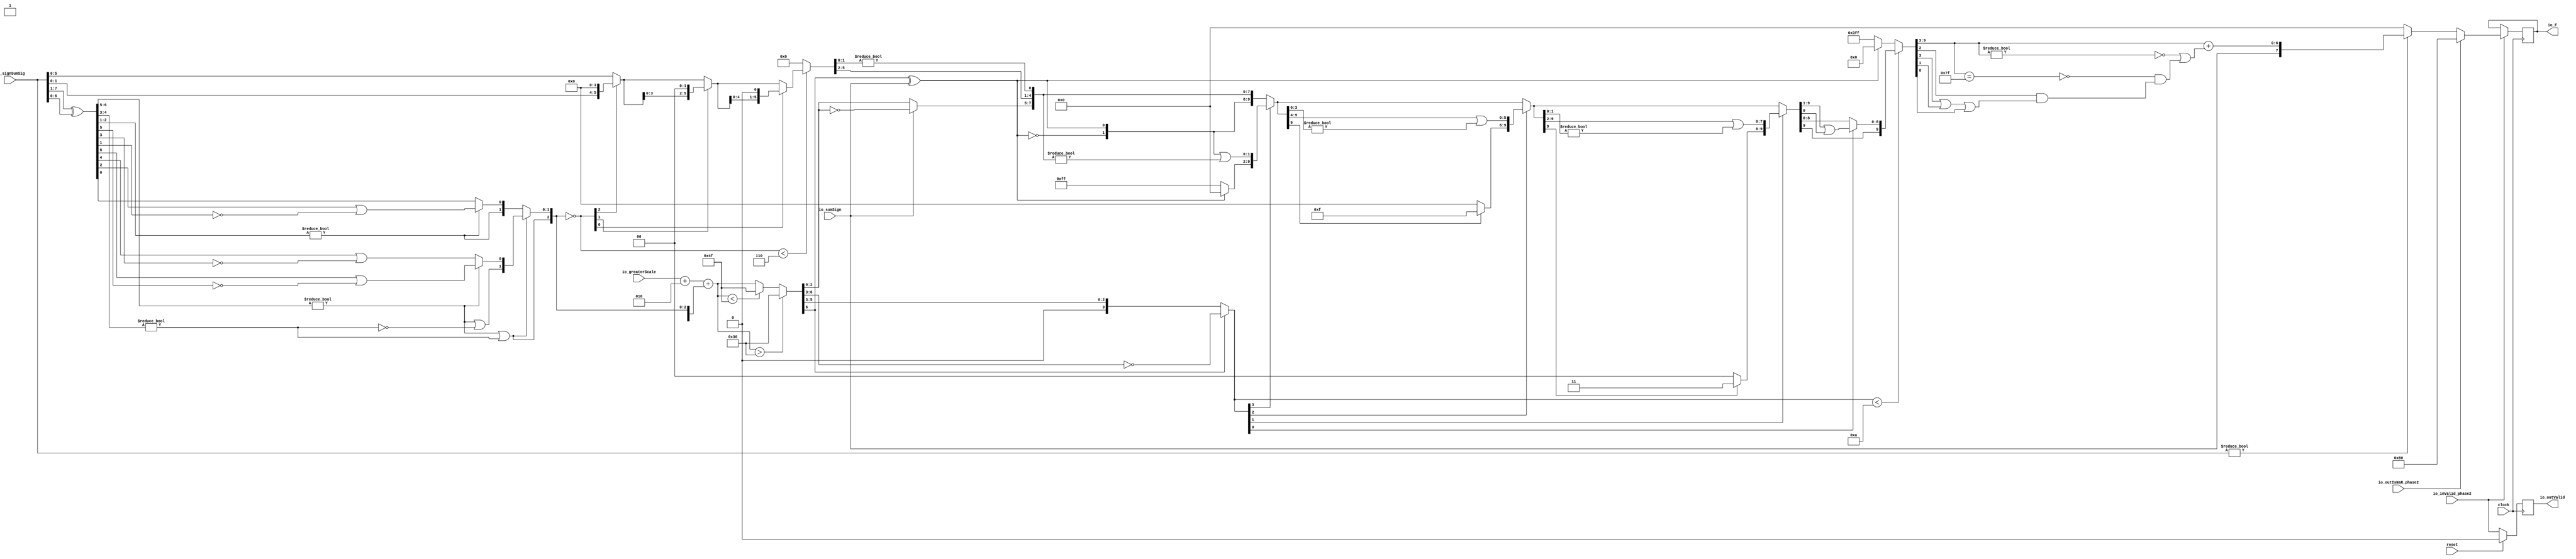
module FMAEnc8_3(
  input        clock,
  input        reset,
  input        io_inValid_phase2,
  input  [7:0] io_signSumSig,
  input        io_sumSign,
  input  [6:0] io_greaterScale,
  input        io_outIsNaR_phase2,
  output [7:0] io_F,
  output       io_outValid
);
  wire [6:0] _T; // @[FMAEnc.scala 35:36]
  wire [6:0] _T_1; // @[FMAEnc.scala 35:74]
  wire [6:0] sumXor; // @[FMAEnc.scala 35:54]
  wire [3:0] _T_2; // @[LZD.scala 43:32]
  wire [1:0] _T_3; // @[LZD.scala 43:32]
  wire  _T_4; // @[LZD.scala 39:14]
  wire  _T_5; // @[LZD.scala 39:21]
  wire  _T_6; // @[LZD.scala 39:30]
  wire  _T_7; // @[LZD.scala 39:27]
  wire  _T_8; // @[LZD.scala 39:25]
  wire [1:0] _T_9; // @[Cat.scala 29:58]
  wire [1:0] _T_10; // @[LZD.scala 44:32]
  wire  _T_11; // @[LZD.scala 39:14]
  wire  _T_12; // @[LZD.scala 39:21]
  wire  _T_13; // @[LZD.scala 39:30]
  wire  _T_14; // @[LZD.scala 39:27]
  wire  _T_15; // @[LZD.scala 39:25]
  wire [1:0] _T_16; // @[Cat.scala 29:58]
  wire  _T_17; // @[Shift.scala 12:21]
  wire  _T_18; // @[Shift.scala 12:21]
  wire  _T_19; // @[LZD.scala 49:16]
  wire  _T_20; // @[LZD.scala 49:27]
  wire  _T_21; // @[LZD.scala 49:25]
  wire  _T_22; // @[LZD.scala 49:47]
  wire  _T_23; // @[LZD.scala 49:59]
  wire  _T_24; // @[LZD.scala 49:35]
  wire [2:0] _T_26; // @[Cat.scala 29:58]
  wire [2:0] _T_27; // @[LZD.scala 44:32]
  wire [1:0] _T_28; // @[LZD.scala 43:32]
  wire  _T_29; // @[LZD.scala 39:14]
  wire  _T_30; // @[LZD.scala 39:21]
  wire  _T_31; // @[LZD.scala 39:30]
  wire  _T_32; // @[LZD.scala 39:27]
  wire  _T_33; // @[LZD.scala 39:25]
  wire [1:0] _T_34; // @[Cat.scala 29:58]
  wire  _T_35; // @[LZD.scala 44:32]
  wire  _T_37; // @[Shift.scala 12:21]
  wire  _T_39; // @[LZD.scala 55:32]
  wire  _T_40; // @[LZD.scala 55:20]
  wire [1:0] _T_41; // @[Cat.scala 29:58]
  wire  _T_42; // @[Shift.scala 12:21]
  wire [1:0] _T_44; // @[LZD.scala 55:32]
  wire [1:0] _T_45; // @[LZD.scala 55:20]
  wire [2:0] sumLZD; // @[Cat.scala 29:58]
  wire [2:0] shiftValue; // @[FMAEnc.scala 37:24]
  wire [5:0] _T_46; // @[FMAEnc.scala 38:41]
  wire  _T_47; // @[Shift.scala 16:24]
  wire  _T_49; // @[Shift.scala 12:21]
  wire [1:0] _T_50; // @[Shift.scala 64:52]
  wire [5:0] _T_52; // @[Cat.scala 29:58]
  wire [5:0] _T_53; // @[Shift.scala 64:27]
  wire [1:0] _T_54; // @[Shift.scala 66:70]
  wire  _T_55; // @[Shift.scala 12:21]
  wire [3:0] _T_56; // @[Shift.scala 64:52]
  wire [5:0] _T_58; // @[Cat.scala 29:58]
  wire [5:0] _T_59; // @[Shift.scala 64:27]
  wire  _T_60; // @[Shift.scala 66:70]
  wire [4:0] _T_62; // @[Shift.scala 64:52]
  wire [5:0] _T_63; // @[Cat.scala 29:58]
  wire [5:0] _T_64; // @[Shift.scala 64:27]
  wire [5:0] normalFracTmp; // @[Shift.scala 16:10]
  wire [6:0] _T_66; // @[FMAEnc.scala 41:39]
  wire [6:0] _T_67; // @[FMAEnc.scala 41:39]
  wire [3:0] _T_68; // @[Cat.scala 29:58]
  wire [3:0] _T_69; // @[FMAEnc.scala 41:64]
  wire [6:0] _GEN_2; // @[FMAEnc.scala 41:45]
  wire [6:0] _T_71; // @[FMAEnc.scala 41:45]
  wire [6:0] sumScale; // @[FMAEnc.scala 41:45]
  wire [1:0] sumFrac; // @[FMAEnc.scala 42:41]
  wire [3:0] grsTmp; // @[FMAEnc.scala 45:41]
  wire [1:0] _T_72; // @[FMAEnc.scala 48:40]
  wire [1:0] _T_73; // @[FMAEnc.scala 48:56]
  wire  _T_74; // @[FMAEnc.scala 48:60]
  wire  underflow; // @[FMAEnc.scala 55:32]
  wire  overflow; // @[FMAEnc.scala 56:32]
  wire  _T_75; // @[FMAEnc.scala 65:35]
  wire  decF_isZero; // @[FMAEnc.scala 65:20]
  wire [6:0] _T_77; // @[Mux.scala 87:16]
  wire [6:0] decF_scale; // @[Mux.scala 87:16]
  wire [2:0] _T_79; // @[convert.scala 46:61]
  wire [2:0] _T_80; // @[convert.scala 46:52]
  wire [2:0] _T_82; // @[convert.scala 46:42]
  wire [3:0] _T_83; // @[convert.scala 48:34]
  wire  _T_84; // @[convert.scala 49:36]
  wire [3:0] _T_86; // @[convert.scala 50:36]
  wire [3:0] _T_87; // @[convert.scala 50:36]
  wire [3:0] _T_88; // @[convert.scala 50:28]
  wire  _T_89; // @[convert.scala 51:31]
  wire  _T_90; // @[convert.scala 52:43]
  wire [9:0] _T_94; // @[Cat.scala 29:58]
  wire [3:0] _T_95; // @[Shift.scala 39:17]
  wire  _T_96; // @[Shift.scala 39:24]
  wire [1:0] _T_98; // @[Shift.scala 90:30]
  wire [7:0] _T_99; // @[Shift.scala 90:48]
  wire  _T_100; // @[Shift.scala 90:57]
  wire [1:0] _GEN_3; // @[Shift.scala 90:39]
  wire [1:0] _T_101; // @[Shift.scala 90:39]
  wire  _T_102; // @[Shift.scala 12:21]
  wire  _T_103; // @[Shift.scala 12:21]
  wire [7:0] _T_105; // @[Bitwise.scala 71:12]
  wire [9:0] _T_106; // @[Cat.scala 29:58]
  wire [9:0] _T_107; // @[Shift.scala 91:22]
  wire [2:0] _T_108; // @[Shift.scala 92:77]
  wire [5:0] _T_109; // @[Shift.scala 90:30]
  wire [3:0] _T_110; // @[Shift.scala 90:48]
  wire  _T_111; // @[Shift.scala 90:57]
  wire [5:0] _GEN_4; // @[Shift.scala 90:39]
  wire [5:0] _T_112; // @[Shift.scala 90:39]
  wire  _T_113; // @[Shift.scala 12:21]
  wire  _T_114; // @[Shift.scala 12:21]
  wire [3:0] _T_116; // @[Bitwise.scala 71:12]
  wire [9:0] _T_117; // @[Cat.scala 29:58]
  wire [9:0] _T_118; // @[Shift.scala 91:22]
  wire [1:0] _T_119; // @[Shift.scala 92:77]
  wire [7:0] _T_120; // @[Shift.scala 90:30]
  wire [1:0] _T_121; // @[Shift.scala 90:48]
  wire  _T_122; // @[Shift.scala 90:57]
  wire [7:0] _GEN_5; // @[Shift.scala 90:39]
  wire [7:0] _T_123; // @[Shift.scala 90:39]
  wire  _T_124; // @[Shift.scala 12:21]
  wire  _T_125; // @[Shift.scala 12:21]
  wire [1:0] _T_127; // @[Bitwise.scala 71:12]
  wire [9:0] _T_128; // @[Cat.scala 29:58]
  wire [9:0] _T_129; // @[Shift.scala 91:22]
  wire  _T_130; // @[Shift.scala 92:77]
  wire [8:0] _T_131; // @[Shift.scala 90:30]
  wire  _T_132; // @[Shift.scala 90:48]
  wire [8:0] _GEN_6; // @[Shift.scala 90:39]
  wire [8:0] _T_134; // @[Shift.scala 90:39]
  wire  _T_136; // @[Shift.scala 12:21]
  wire [9:0] _T_137; // @[Cat.scala 29:58]
  wire [9:0] _T_138; // @[Shift.scala 91:22]
  wire [9:0] _T_141; // @[Bitwise.scala 71:12]
  wire [9:0] _T_142; // @[Shift.scala 39:10]
  wire  _T_143; // @[convert.scala 55:31]
  wire  _T_144; // @[convert.scala 56:31]
  wire  _T_145; // @[convert.scala 57:31]
  wire  _T_146; // @[convert.scala 58:31]
  wire [6:0] _T_147; // @[convert.scala 59:69]
  wire  _T_148; // @[convert.scala 59:81]
  wire  _T_149; // @[convert.scala 59:50]
  wire  _T_151; // @[convert.scala 60:81]
  wire  _T_152; // @[convert.scala 61:44]
  wire  _T_153; // @[convert.scala 61:52]
  wire  _T_154; // @[convert.scala 61:36]
  wire  _T_155; // @[convert.scala 62:63]
  wire  _T_156; // @[convert.scala 62:103]
  wire  _T_157; // @[convert.scala 62:60]
  wire [6:0] _GEN_7; // @[convert.scala 63:56]
  wire [6:0] _T_160; // @[convert.scala 63:56]
  wire [7:0] _T_161; // @[Cat.scala 29:58]
  reg  _T_165; // @[Valid.scala 117:22]
  reg [31:0] _RAND_0;
  reg [7:0] _T_169; // @[Reg.scala 15:16]
  reg [31:0] _RAND_1;
  assign _T = io_signSumSig[7:1]; // @[FMAEnc.scala 35:36]
  assign _T_1 = io_signSumSig[6:0]; // @[FMAEnc.scala 35:74]
  assign sumXor = _T ^ _T_1; // @[FMAEnc.scala 35:54]
  assign _T_2 = sumXor[6:3]; // @[LZD.scala 43:32]
  assign _T_3 = _T_2[3:2]; // @[LZD.scala 43:32]
  assign _T_4 = _T_3 != 2'h0; // @[LZD.scala 39:14]
  assign _T_5 = _T_3[1]; // @[LZD.scala 39:21]
  assign _T_6 = _T_3[0]; // @[LZD.scala 39:30]
  assign _T_7 = ~ _T_6; // @[LZD.scala 39:27]
  assign _T_8 = _T_5 | _T_7; // @[LZD.scala 39:25]
  assign _T_9 = {_T_4,_T_8}; // @[Cat.scala 29:58]
  assign _T_10 = _T_2[1:0]; // @[LZD.scala 44:32]
  assign _T_11 = _T_10 != 2'h0; // @[LZD.scala 39:14]
  assign _T_12 = _T_10[1]; // @[LZD.scala 39:21]
  assign _T_13 = _T_10[0]; // @[LZD.scala 39:30]
  assign _T_14 = ~ _T_13; // @[LZD.scala 39:27]
  assign _T_15 = _T_12 | _T_14; // @[LZD.scala 39:25]
  assign _T_16 = {_T_11,_T_15}; // @[Cat.scala 29:58]
  assign _T_17 = _T_9[1]; // @[Shift.scala 12:21]
  assign _T_18 = _T_16[1]; // @[Shift.scala 12:21]
  assign _T_19 = _T_17 | _T_18; // @[LZD.scala 49:16]
  assign _T_20 = ~ _T_18; // @[LZD.scala 49:27]
  assign _T_21 = _T_17 | _T_20; // @[LZD.scala 49:25]
  assign _T_22 = _T_9[0:0]; // @[LZD.scala 49:47]
  assign _T_23 = _T_16[0:0]; // @[LZD.scala 49:59]
  assign _T_24 = _T_17 ? _T_22 : _T_23; // @[LZD.scala 49:35]
  assign _T_26 = {_T_19,_T_21,_T_24}; // @[Cat.scala 29:58]
  assign _T_27 = sumXor[2:0]; // @[LZD.scala 44:32]
  assign _T_28 = _T_27[2:1]; // @[LZD.scala 43:32]
  assign _T_29 = _T_28 != 2'h0; // @[LZD.scala 39:14]
  assign _T_30 = _T_28[1]; // @[LZD.scala 39:21]
  assign _T_31 = _T_28[0]; // @[LZD.scala 39:30]
  assign _T_32 = ~ _T_31; // @[LZD.scala 39:27]
  assign _T_33 = _T_30 | _T_32; // @[LZD.scala 39:25]
  assign _T_34 = {_T_29,_T_33}; // @[Cat.scala 29:58]
  assign _T_35 = _T_27[0:0]; // @[LZD.scala 44:32]
  assign _T_37 = _T_34[1]; // @[Shift.scala 12:21]
  assign _T_39 = _T_34[0:0]; // @[LZD.scala 55:32]
  assign _T_40 = _T_37 ? _T_39 : _T_35; // @[LZD.scala 55:20]
  assign _T_41 = {_T_37,_T_40}; // @[Cat.scala 29:58]
  assign _T_42 = _T_26[2]; // @[Shift.scala 12:21]
  assign _T_44 = _T_26[1:0]; // @[LZD.scala 55:32]
  assign _T_45 = _T_42 ? _T_44 : _T_41; // @[LZD.scala 55:20]
  assign sumLZD = {_T_42,_T_45}; // @[Cat.scala 29:58]
  assign shiftValue = ~ sumLZD; // @[FMAEnc.scala 37:24]
  assign _T_46 = io_signSumSig[5:0]; // @[FMAEnc.scala 38:41]
  assign _T_47 = shiftValue < 3'h6; // @[Shift.scala 16:24]
  assign _T_49 = shiftValue[2]; // @[Shift.scala 12:21]
  assign _T_50 = _T_46[1:0]; // @[Shift.scala 64:52]
  assign _T_52 = {_T_50,4'h0}; // @[Cat.scala 29:58]
  assign _T_53 = _T_49 ? _T_52 : _T_46; // @[Shift.scala 64:27]
  assign _T_54 = shiftValue[1:0]; // @[Shift.scala 66:70]
  assign _T_55 = _T_54[1]; // @[Shift.scala 12:21]
  assign _T_56 = _T_53[3:0]; // @[Shift.scala 64:52]
  assign _T_58 = {_T_56,2'h0}; // @[Cat.scala 29:58]
  assign _T_59 = _T_55 ? _T_58 : _T_53; // @[Shift.scala 64:27]
  assign _T_60 = _T_54[0:0]; // @[Shift.scala 66:70]
  assign _T_62 = _T_59[4:0]; // @[Shift.scala 64:52]
  assign _T_63 = {_T_62,1'h0}; // @[Cat.scala 29:58]
  assign _T_64 = _T_60 ? _T_63 : _T_59; // @[Shift.scala 64:27]
  assign normalFracTmp = _T_47 ? _T_64 : 6'h0; // @[Shift.scala 16:10]
  assign _T_66 = $signed(io_greaterScale) + $signed(7'sh2); // @[FMAEnc.scala 41:39]
  assign _T_67 = $signed(_T_66); // @[FMAEnc.scala 41:39]
  assign _T_68 = {1'h1,_T_42,_T_45}; // @[Cat.scala 29:58]
  assign _T_69 = $signed(_T_68); // @[FMAEnc.scala 41:64]
  assign _GEN_2 = {{3{_T_69[3]}},_T_69}; // @[FMAEnc.scala 41:45]
  assign _T_71 = $signed(_T_67) + $signed(_GEN_2); // @[FMAEnc.scala 41:45]
  assign sumScale = $signed(_T_71); // @[FMAEnc.scala 41:45]
  assign sumFrac = normalFracTmp[5:4]; // @[FMAEnc.scala 42:41]
  assign grsTmp = normalFracTmp[3:0]; // @[FMAEnc.scala 45:41]
  assign _T_72 = grsTmp[3:2]; // @[FMAEnc.scala 48:40]
  assign _T_73 = grsTmp[1:0]; // @[FMAEnc.scala 48:56]
  assign _T_74 = _T_73 != 2'h0; // @[FMAEnc.scala 48:60]
  assign underflow = $signed(sumScale) < $signed(-7'sh31); // @[FMAEnc.scala 55:32]
  assign overflow = $signed(sumScale) > $signed(7'sh30); // @[FMAEnc.scala 56:32]
  assign _T_75 = io_signSumSig != 8'h0; // @[FMAEnc.scala 65:35]
  assign decF_isZero = ~ _T_75; // @[FMAEnc.scala 65:20]
  assign _T_77 = underflow ? $signed(-7'sh31) : $signed(sumScale); // @[Mux.scala 87:16]
  assign decF_scale = overflow ? $signed(7'sh30) : $signed(_T_77); // @[Mux.scala 87:16]
  assign _T_79 = decF_scale[2:0]; // @[convert.scala 46:61]
  assign _T_80 = ~ _T_79; // @[convert.scala 46:52]
  assign _T_82 = io_sumSign ? _T_80 : _T_79; // @[convert.scala 46:42]
  assign _T_83 = decF_scale[6:3]; // @[convert.scala 48:34]
  assign _T_84 = _T_83[3:3]; // @[convert.scala 49:36]
  assign _T_86 = ~ _T_83; // @[convert.scala 50:36]
  assign _T_87 = $signed(_T_86); // @[convert.scala 50:36]
  assign _T_88 = _T_84 ? $signed(_T_87) : $signed(_T_83); // @[convert.scala 50:28]
  assign _T_89 = _T_84 ^ io_sumSign; // @[convert.scala 51:31]
  assign _T_90 = ~ _T_89; // @[convert.scala 52:43]
  assign _T_94 = {_T_90,_T_89,_T_82,sumFrac,_T_72,_T_74}; // @[Cat.scala 29:58]
  assign _T_95 = $unsigned(_T_88); // @[Shift.scala 39:17]
  assign _T_96 = _T_95 < 4'ha; // @[Shift.scala 39:24]
  assign _T_98 = _T_94[9:8]; // @[Shift.scala 90:30]
  assign _T_99 = _T_94[7:0]; // @[Shift.scala 90:48]
  assign _T_100 = _T_99 != 8'h0; // @[Shift.scala 90:57]
  assign _GEN_3 = {{1'd0}, _T_100}; // @[Shift.scala 90:39]
  assign _T_101 = _T_98 | _GEN_3; // @[Shift.scala 90:39]
  assign _T_102 = _T_95[3]; // @[Shift.scala 12:21]
  assign _T_103 = _T_94[9]; // @[Shift.scala 12:21]
  assign _T_105 = _T_103 ? 8'hff : 8'h0; // @[Bitwise.scala 71:12]
  assign _T_106 = {_T_105,_T_101}; // @[Cat.scala 29:58]
  assign _T_107 = _T_102 ? _T_106 : _T_94; // @[Shift.scala 91:22]
  assign _T_108 = _T_95[2:0]; // @[Shift.scala 92:77]
  assign _T_109 = _T_107[9:4]; // @[Shift.scala 90:30]
  assign _T_110 = _T_107[3:0]; // @[Shift.scala 90:48]
  assign _T_111 = _T_110 != 4'h0; // @[Shift.scala 90:57]
  assign _GEN_4 = {{5'd0}, _T_111}; // @[Shift.scala 90:39]
  assign _T_112 = _T_109 | _GEN_4; // @[Shift.scala 90:39]
  assign _T_113 = _T_108[2]; // @[Shift.scala 12:21]
  assign _T_114 = _T_107[9]; // @[Shift.scala 12:21]
  assign _T_116 = _T_114 ? 4'hf : 4'h0; // @[Bitwise.scala 71:12]
  assign _T_117 = {_T_116,_T_112}; // @[Cat.scala 29:58]
  assign _T_118 = _T_113 ? _T_117 : _T_107; // @[Shift.scala 91:22]
  assign _T_119 = _T_108[1:0]; // @[Shift.scala 92:77]
  assign _T_120 = _T_118[9:2]; // @[Shift.scala 90:30]
  assign _T_121 = _T_118[1:0]; // @[Shift.scala 90:48]
  assign _T_122 = _T_121 != 2'h0; // @[Shift.scala 90:57]
  assign _GEN_5 = {{7'd0}, _T_122}; // @[Shift.scala 90:39]
  assign _T_123 = _T_120 | _GEN_5; // @[Shift.scala 90:39]
  assign _T_124 = _T_119[1]; // @[Shift.scala 12:21]
  assign _T_125 = _T_118[9]; // @[Shift.scala 12:21]
  assign _T_127 = _T_125 ? 2'h3 : 2'h0; // @[Bitwise.scala 71:12]
  assign _T_128 = {_T_127,_T_123}; // @[Cat.scala 29:58]
  assign _T_129 = _T_124 ? _T_128 : _T_118; // @[Shift.scala 91:22]
  assign _T_130 = _T_119[0:0]; // @[Shift.scala 92:77]
  assign _T_131 = _T_129[9:1]; // @[Shift.scala 90:30]
  assign _T_132 = _T_129[0:0]; // @[Shift.scala 90:48]
  assign _GEN_6 = {{8'd0}, _T_132}; // @[Shift.scala 90:39]
  assign _T_134 = _T_131 | _GEN_6; // @[Shift.scala 90:39]
  assign _T_136 = _T_129[9]; // @[Shift.scala 12:21]
  assign _T_137 = {_T_136,_T_134}; // @[Cat.scala 29:58]
  assign _T_138 = _T_130 ? _T_137 : _T_129; // @[Shift.scala 91:22]
  assign _T_141 = _T_103 ? 10'h3ff : 10'h0; // @[Bitwise.scala 71:12]
  assign _T_142 = _T_96 ? _T_138 : _T_141; // @[Shift.scala 39:10]
  assign _T_143 = _T_142[3]; // @[convert.scala 55:31]
  assign _T_144 = _T_142[2]; // @[convert.scala 56:31]
  assign _T_145 = _T_142[1]; // @[convert.scala 57:31]
  assign _T_146 = _T_142[0]; // @[convert.scala 58:31]
  assign _T_147 = _T_142[9:3]; // @[convert.scala 59:69]
  assign _T_148 = _T_147 != 7'h0; // @[convert.scala 59:81]
  assign _T_149 = ~ _T_148; // @[convert.scala 59:50]
  assign _T_151 = _T_147 == 7'h7f; // @[convert.scala 60:81]
  assign _T_152 = _T_143 | _T_145; // @[convert.scala 61:44]
  assign _T_153 = _T_152 | _T_146; // @[convert.scala 61:52]
  assign _T_154 = _T_144 & _T_153; // @[convert.scala 61:36]
  assign _T_155 = ~ _T_151; // @[convert.scala 62:63]
  assign _T_156 = _T_155 & _T_154; // @[convert.scala 62:103]
  assign _T_157 = _T_149 | _T_156; // @[convert.scala 62:60]
  assign _GEN_7 = {{6'd0}, _T_157}; // @[convert.scala 63:56]
  assign _T_160 = _T_147 + _GEN_7; // @[convert.scala 63:56]
  assign _T_161 = {io_sumSign,_T_160}; // @[Cat.scala 29:58]
  assign io_F = _T_169; // @[FMAEnc.scala 85:15]
  assign io_outValid = _T_165; // @[FMAEnc.scala 84:15]
`ifdef RANDOMIZE_GARBAGE_ASSIGN
`define RANDOMIZE
`endif
`ifdef RANDOMIZE_INVALID_ASSIGN
`define RANDOMIZE
`endif
`ifdef RANDOMIZE_REG_INIT
`define RANDOMIZE
`endif
`ifdef RANDOMIZE_MEM_INIT
`define RANDOMIZE
`endif
`ifndef RANDOM
`define RANDOM $random
`endif
`ifdef RANDOMIZE_MEM_INIT
  integer initvar;
`endif
initial begin
  `ifdef RANDOMIZE
    `ifdef INIT_RANDOM
      `INIT_RANDOM
    `endif
    `ifndef VERILATOR
      `ifdef RANDOMIZE_DELAY
        #`RANDOMIZE_DELAY begin end
      `else
        #0.002 begin end
      `endif
    `endif
  `ifdef RANDOMIZE_REG_INIT
  _RAND_0 = {1{`RANDOM}};
  _T_165 = _RAND_0[0:0];
  `endif // RANDOMIZE_REG_INIT
  `ifdef RANDOMIZE_REG_INIT
  _RAND_1 = {1{`RANDOM}};
  _T_169 = _RAND_1[7:0];
  `endif // RANDOMIZE_REG_INIT
  `endif // RANDOMIZE
end
  always @(posedge clock) begin
    if (reset) begin
      _T_165 <= 1'h0;
    end else begin
      _T_165 <= io_inValid_phase2;
    end
    if (io_inValid_phase2) begin
      if (io_outIsNaR_phase2) begin
        _T_169 <= 8'h80;
      end else begin
        if (decF_isZero) begin
          _T_169 <= 8'h0;
        end else begin
          _T_169 <= _T_161;
        end
      end
    end
  end
endmodule